Leaving Certificate Examination, 1911
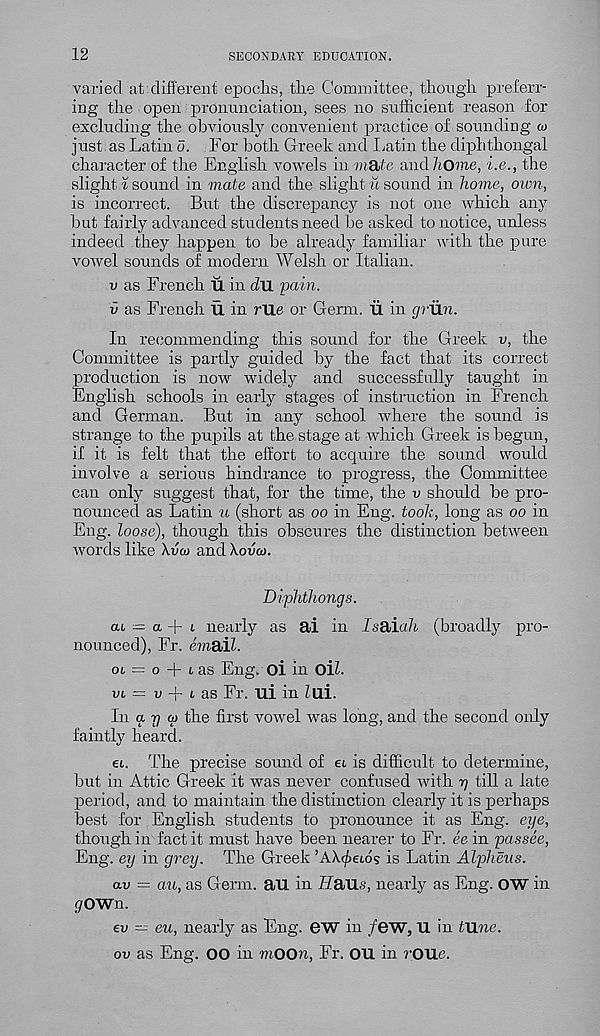
12
SECONDARY EDUCATION.
varied at different epochs, the Committee, though preferr-
ing the open pronunciation, sees no sufficient reason for
excluding the obviously convenient practice of sounding w
just as Latin a. For both Greek and Latin the diphthongal
character of the English vowels in m&te and home, i.e., the
slight i sound in mate and the slight u sound in home, own,
is incorrect. But the discrepancy is not one which any
but fairly advanced students need be asked to notice, unless
indeed they happen to be already familiar with the pure
vowel sounds of modern Welsh or Italian.
v as French 11 in flu pain.
v as French u in rUe or Germ. U in griin.
In recommending this sound for the Greek v, the
Committee is partly guided by the fact that its correct
production is now widely and successfully taught in
English schools in early stages of instruction in French
and German. But in any school where the sound is
strange to the pupils at the stage at which Greek is begun,
if it is felt that the effort to acquire the sound would
involve a serious hindrance to progress, the Committee
can only suggest that, for the time, the v should be pro-
nounced as Latin u (short as oo in Eng. took, long as oo in
Eng. loose), though this obscures the distinction between
words like XVM and Xovco.
Diphthongs.
at = a -|- t nearly as ai in IsSbiah (broadly pro-
nounced), Fr. email.
ot — o -{- t as Eng. oi in Oil.
vt = a -f t as Fr. ui in Zlli.
In <x 77 <y the first vowel was long, and the second only
faintly heard.
et. The precise sound of et is difficult to determine,
but in Attic Greek it was never confused with rj till a late
period, and to maintain the distinction clearly it is perhaps
iTest for English students to pronounce it as Eng. eye,
though in fact it must have been nearer to Fr. ee in passee,
Eng. ey in grey. The Greek ’AX^eto? is Latin Alpheus.
av = au, as Germ, au in Uaus, nearly as Eng. OW in
gOWn.
ev — eu, nearly as Eng. GW in few,u in tune.
ov as Eng. OO in mOOn, Fr. OU in I'OUe.